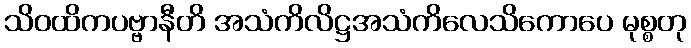
သိဝထိကပဗ္ဗာနီတိ အသံကိလိဋ္ဌအသံကိလေသိကောပေ မုစ္စတု